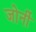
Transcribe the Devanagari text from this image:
जोर्नी